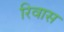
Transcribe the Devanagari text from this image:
रिवास